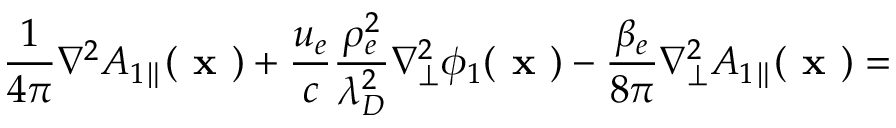
\frac { 1 } { 4 \pi } \nabla ^ { 2 } { A } _ { 1 \parallel } ( \textbf { x } ) + \frac { u _ { e } } { c } \frac { \rho _ { e } ^ { 2 } } { \lambda _ { D } ^ { 2 } } \nabla _ { \perp } ^ { 2 } \phi _ { 1 } ( \textbf { x } ) - \frac { \beta _ { e } } { 8 \pi } \nabla _ { \perp } ^ { 2 } { A } _ { 1 \parallel } ( \textbf { x } ) =